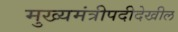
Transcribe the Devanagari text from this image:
मुख्यमंत्रीपदीदेखील